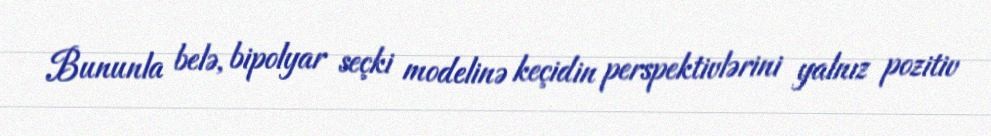
Bununla belə, bipolyar seçki modelinə keçidin perspektivlərini yalnız pozitiv